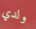
ولدي